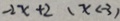
- 2 x + 2 ( x < - 3 )